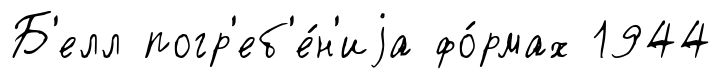
Б'елл погр'еб'е́н'иjа фо́рмах 1944